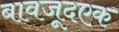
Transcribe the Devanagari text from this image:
बावजूदएक